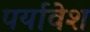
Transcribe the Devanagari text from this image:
पर्यावेश